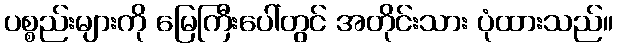
ပစ္စည်းများကို မြေကြီးပေါ်တွင် အတိုင်းသား ပုံထားသည်။